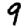
Digit: 9